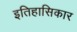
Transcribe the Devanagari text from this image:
इतिहासिकार